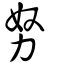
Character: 努